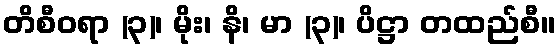
တိစီဝရာ (၃)၊ မိုး၊ နိ၊ မာ (၃)၊ ပိဋ္ဌာ တထည်စီ။